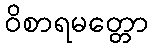
ဝိစာရမတ္တော